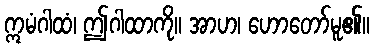
ဣမံဂါထံ၊ ဤဂါထာကို။ အာဟ၊ ဟောတော်မူ၏။